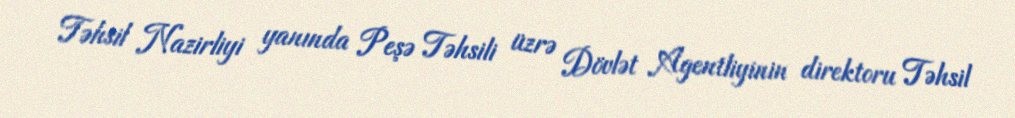
Təhsil Nazirliyi yanında Peşə Təhsili üzrə Dövlət Agentliyinin direktoru Təhsil